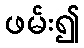
ဖမ်း၍